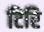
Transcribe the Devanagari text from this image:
टिरि